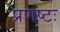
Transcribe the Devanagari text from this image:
प्रणष्टः